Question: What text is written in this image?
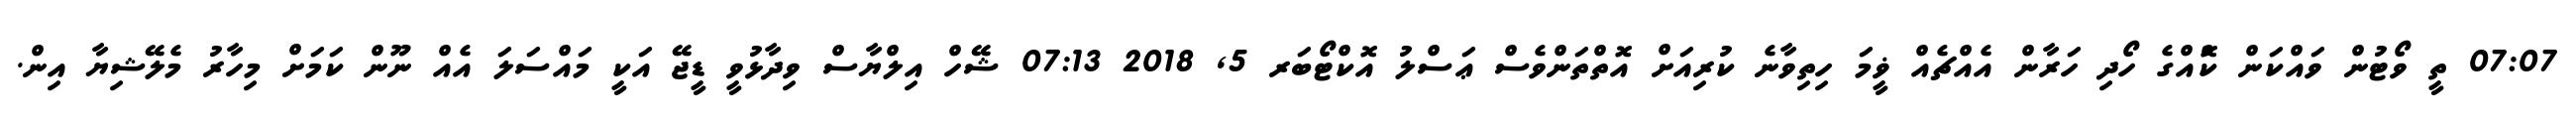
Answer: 07:07 ތީ ވޯޓުން ވައްކަން ކޮްއްގެ ހޯދި ހަރާން އެއްޗެއް ޥީމަ ހިތިވާނެ ކުރިއަށް އޮތްތަންވެސް ޢަސްލު އޮކްޓޯބަރ 5, 2018 07:13 ޝޭހް އިލްޔާސް ވިދާޅުވީ ޑީޖޭ އަކީ މައްސަލަ އެއް ނޫން ކަމަށް މިހާރު މެލޭޝިޔާ އިން.